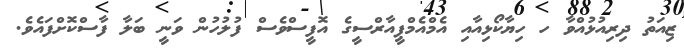
ޒިއަތު ދިރިއުޅުއްވާ ހ ހިޔާކޯޅިއާއި އެމްއެމްޕީއާރްސީގެ އޮފީސްވެސް ފުލުހުން ވަނީ ބަލާ ފާސްކޮށްފައެވެ.